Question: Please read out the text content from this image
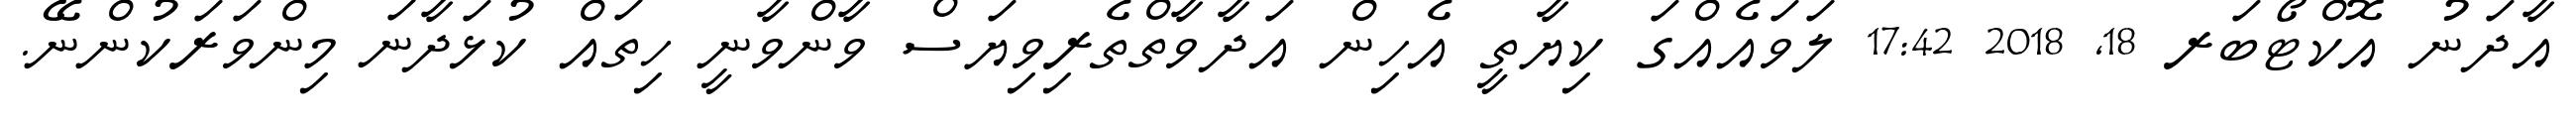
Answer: އާދަނު އޮކްޓޯބަރ 18, 2018 17:42 ލަވައެއްގަ ކިޔާތީ އެހިން އަދާވާތްތެރިވިޔަސް ވާންވާނީ ހިތައް ކުޅަދާނަ މިންވަރަކުންނޭ.